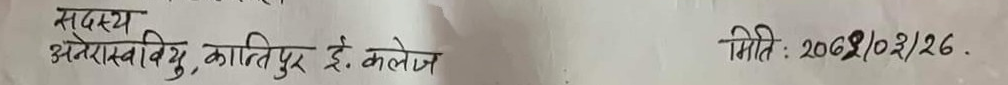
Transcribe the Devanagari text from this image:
सदस्य
अमरसरयू, कान्तिपुर ई. कलेज
मिति : 2068/02/26.